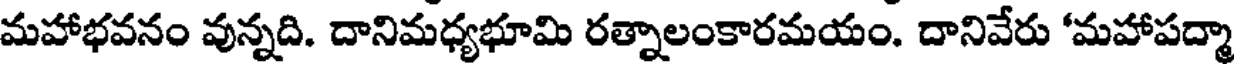
మహాభవనం వున్నది. దానిమధ్యభూమి రత్నాలంకారమయం. దానివేరు 'మహాపద్మా